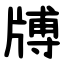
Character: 牔